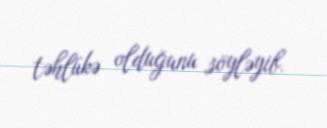
təhlükə olduğunu söyləyib.